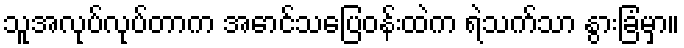
သူအလုပ်လုပ်တာက အောင်သပြေဝန်းထဲက ရဲသက်သာ နွားခြံမှာ။